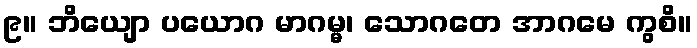
၉။ ဘိယျော ပယောဂ မာဂမ္မ၊ သောဂတေ အာဂမေ ကွစိ။